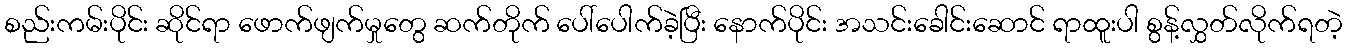
စည်းကမ်းပိုင်း ဆိုင်ရာ ဖောက်ဖျက်မှုတွေ ဆက်တိုက် ပေါ်ပေါက်ခဲ့ပြီး နောက်ပိုင်း အသင်းခေါင်းဆောင် ရာထူးပါ စွန့်လွှတ်လိုက်ရတဲ့